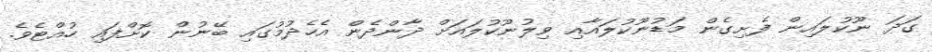
ގަދަ ނޫކުލައިން ފެށިގެން މަޑުނޫކުލައާއި ވިލުނޫކުލައަށް ދާންދެން އެހެދުމުގައި ބޭނުން ކޮށްފައި ހުއްޓެވެ.